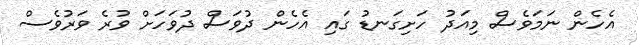
އެހެން ނަމަވެސް މިއަދު ހަށިގަނޑު ގައި އެހެން ދުވަސް ދުވަހަށް ވުރެ ވަރުވެސް